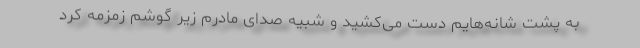
به پشت شانه‌هایم دست می‌کشید و شبیه صدای مادرم زیر گوشم زمزمه کرد